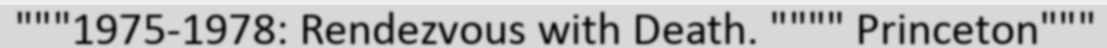
"""1975-1978: Rendezvous with Death. """" Princeton"""